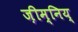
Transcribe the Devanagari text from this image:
ज़ीम्निय्